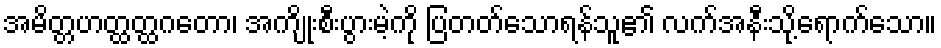
အမိတ္တဟတ္ထတ္ထဂတော၊ အကျိုးစီးပွားမဲ့ကို ပြတတ်သောရန်သူ၏ လက်အနီးသို့ရောက်သော။